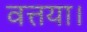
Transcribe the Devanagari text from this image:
वत्तया।